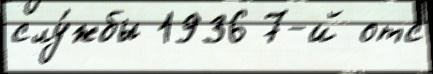
слу́жбы 1936 7-й отс